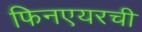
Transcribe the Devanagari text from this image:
फिनएयरची